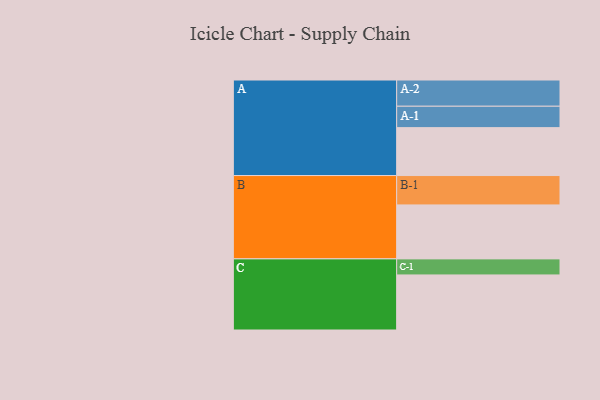
{"axis": {"x": "Segment", "y": "Value"}, "legend": ["", "A", "B", "C"], "data": [{"x": "A", "y": 349, "type": ""}, {"x": "B", "y": 393, "type": ""}, {"x": "C", "y": 401, "type": ""}, {"x": "A-1", "y": 156, "type": "A"}, {"x": "A-2", "y": 191, "type": "A"}, {"x": "B-1", "y": 214, "type": "B"}, {"x": "C-1", "y": 117, "type": "C"}]}